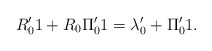
\begin{align*}R_0' 1 + R_0 \Pi_0' 1 = \lambda'_0 + \Pi_0' 1. \end{align*}